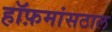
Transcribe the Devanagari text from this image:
हॉफ़मांसठाल